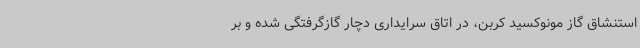
استنشاق گاز مونوکسید کربن، در اتاق سرایداری دچار گازگرفتگی شده و بر